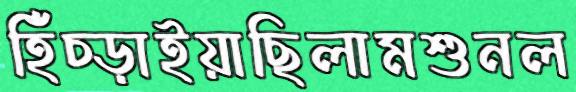
হিঁচ্‌ড়াইয়াছিলামশুনল